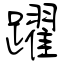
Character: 躍